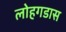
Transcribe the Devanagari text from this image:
लोहगडास